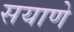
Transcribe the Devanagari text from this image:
सयाणे